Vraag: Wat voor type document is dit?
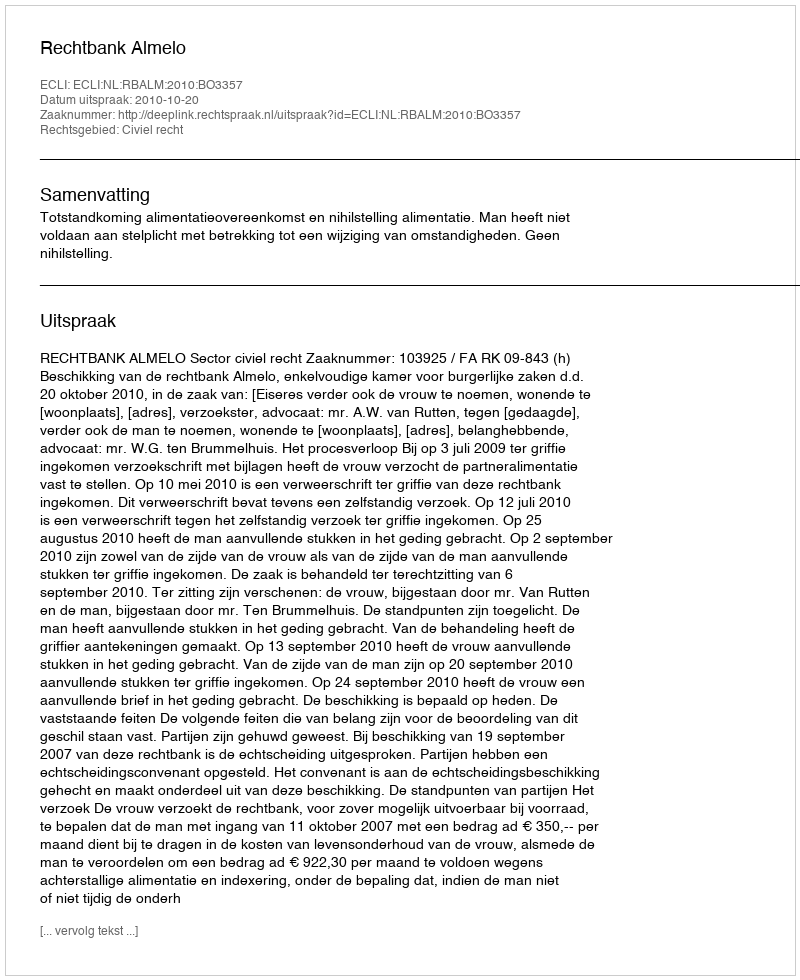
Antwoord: Uitspraak